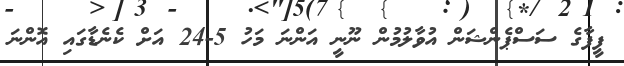
ފީފާގެ ސަސްޕެންޝަން އުވާލުމުން ނޫނީ އަންނަ މަހު 5-24 އަށް ކެނެޑާގައި އޮންނަ